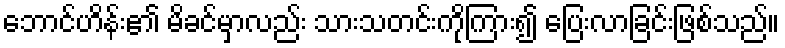
ဘောင်ဟိန်း၏ မိခင်မှာလည်း သားသတင်းကိုကြား၍ ပြေးလာခြင်းဖြစ်သည်။